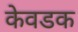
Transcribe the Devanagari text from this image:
केवडक